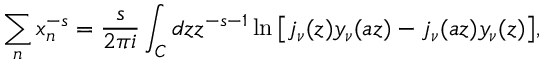
\sum _ { n } x _ { n } ^ { - s } = { \frac { s } { 2 \pi i } } \int _ { C } d z z ^ { - s - 1 } \ln { \left[ j _ { \nu } ( z ) y _ { \nu } ( a z ) - j _ { \nu } ( a z ) y _ { \nu } ( z ) \right] } ,